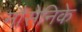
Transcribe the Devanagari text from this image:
नौसेनिके